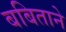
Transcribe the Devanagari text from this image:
बबिताने